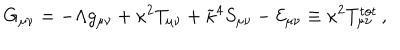
LaTeX: G _ { \mu \nu } = - \Lambda g _ { \mu \nu } + \kappa ^ { 2 } T _ { \mu \nu } + \widetilde { \kappa } ^ { 4 } S _ { \mu \nu } - { \cal E } _ { \mu \nu } \equiv \kappa ^ { 2 } T _ { \mu \nu } ^ { \mathrm { t o t } } \, ,